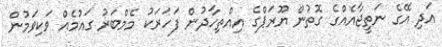
އަދި އޭގެ ނަތީޖާއެއްގެ ގޮތުން ޔޫރަޕްގެ އިއްތިހާދުން ފަހަރަކު މެމްބަރު ގައުމެއް ވަކިވަމުން